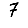
Digit: 7